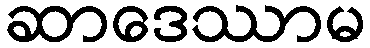
ဆာဒေဿာမ